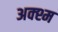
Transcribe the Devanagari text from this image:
अक्श्म